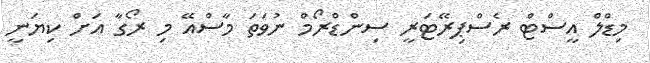
މިޑްލް އީސްޓް ރެސްޕިރޭޓަރީ ސިންޑްރޯމް ނުވަތަ މާސްއޭ މި ރޯގާ އަށް ކިޔަނީ